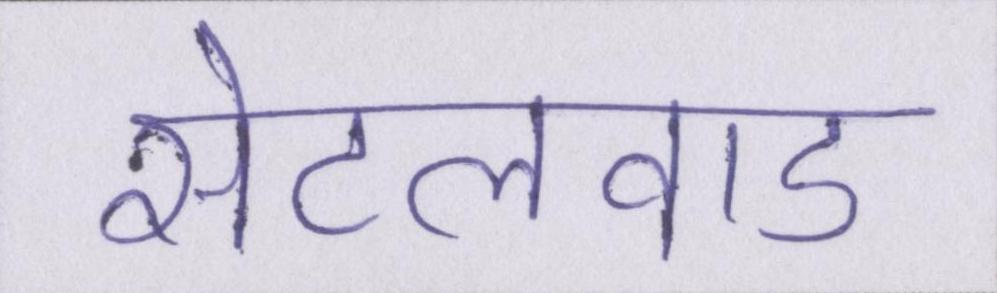
सेटलवाड